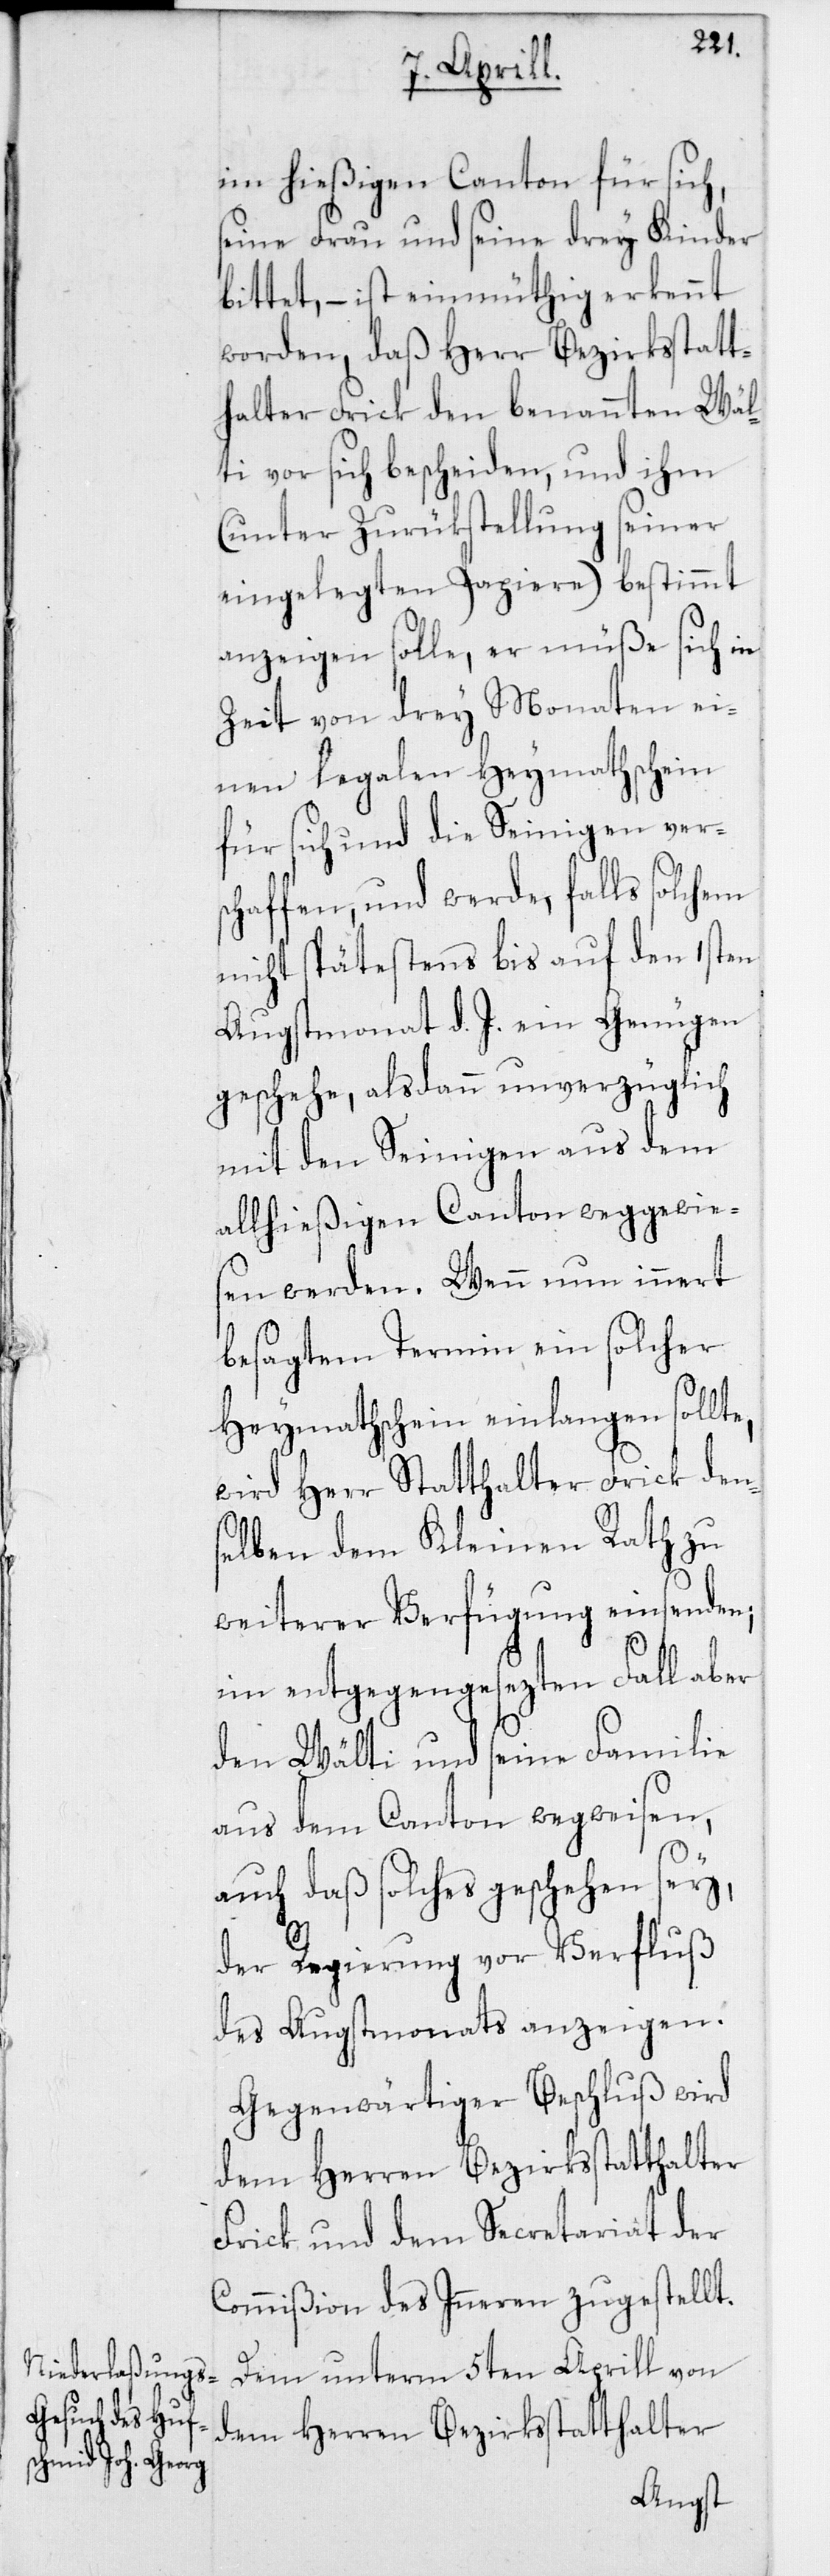
im hießigen Canton für sich,
seine Frau und seine drey Kinder
bittet, – ist einmüthig erkennt
worden, daß Herr Bezirksstatt¬
halter Frick den benannten Wäl¬
ti vor sich bescheiden, und ihm
(unter Zurükstellung seiner
eingelegten Papiere) bestimmt
anzeigen solle, er müße sich in
Zeit von drey Monaten ei¬
nen legalen Heymathschein
für sich und die Seinigen ver¬
schaffen, und werde, falls solchem
nicht spätestens bis auf den 1sten
Augstmonat d. J. ein Genügen
geschehe, alsdann unverzüglich
mit den Seinigen aus dem
allhießigen Canton weggewie¬
sen werden. Wenn nun innert
besagtem Termin ein solcher
Heymathschein einlangen sollte,
wird Herr Statthalter Frick den¬
selben dem Kleinen Rath zu
weiterer Verfügung einsenden;
im entgegengesezten Fall aber
den Wälti und seine Familie
aus dem Canton wegweisen,
auch daß solches geschehen sey,
der Regierung vor Verfluß
des Augstmonats anzeigen.
Gegenwärtiger Beschluß wird
dem Herren Bezirksstatthalter
Frick und dem Secretariat der
Commißion des Inneren zugestellt.
Dem unterm 5ten Aprill von
dem Herren Bezirksstatthalter